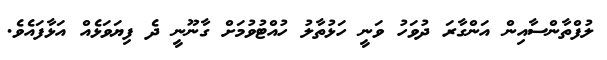
ލުފްތާންސާއިން އަންގާރަ ދުވަހު ވަނީ ހަޅުތާލު ހުއްޓުވުމަށް ގާނޫނީ ދެ ފިޔަވަޅެއް އަޅާފައެވެ.